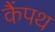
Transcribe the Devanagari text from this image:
कैंपथ